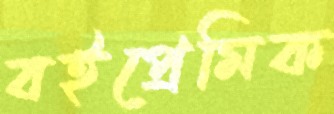
বইপ্রেমিক